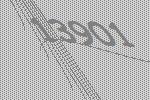
13901